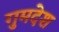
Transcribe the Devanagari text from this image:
गुमदेश